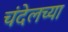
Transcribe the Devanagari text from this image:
चंदेलच्या